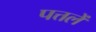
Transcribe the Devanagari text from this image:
पत्तलें